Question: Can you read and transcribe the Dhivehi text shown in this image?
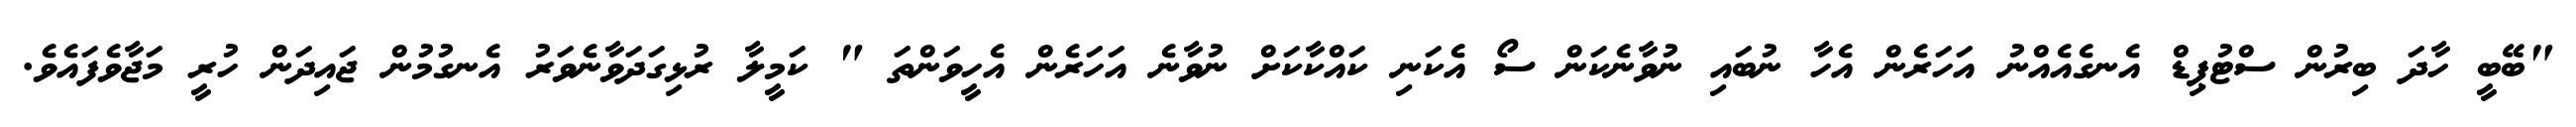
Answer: "ބޭބީ ހާދަ ބިރުން ސްޓުޕިޑް އެނގެއެއްނު އަހަރެން އެހާ ނުބައި ނުވާނެކަން ސޯ އެކަނި ކައްކާކަށް ނުވާނެ އަހަރެން އެހީވަންތަ " ކަމީލާ ރުޅިގަދަވާނެވަރު އެނގުމުން ޖައިދަން ހުރީ މަޖާވެފައެވެ.